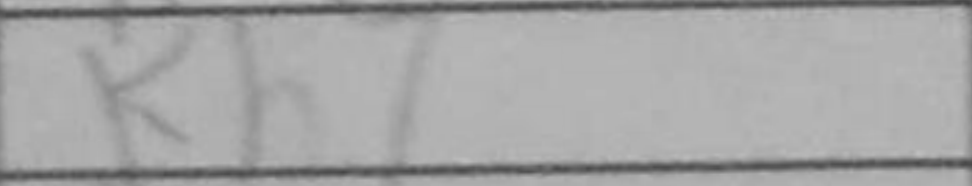
Transcription: Kh7